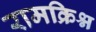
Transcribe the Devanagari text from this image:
रामक्रिश्न